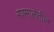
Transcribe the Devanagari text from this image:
रणमालेतील